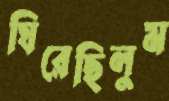
ঘিরেছিলুম